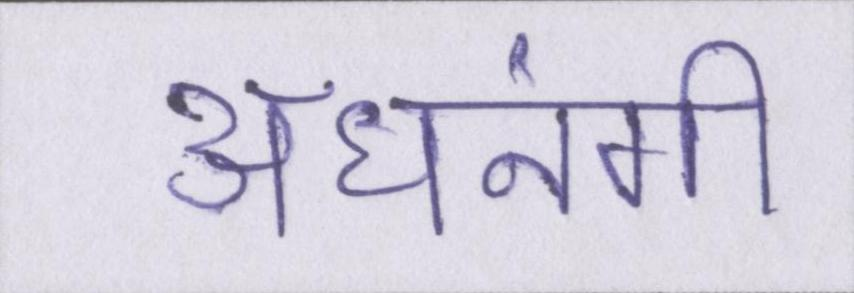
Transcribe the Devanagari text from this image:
अधनंगी